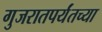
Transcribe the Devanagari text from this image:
गुजरातपर्यंतच्या